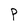
Character: p